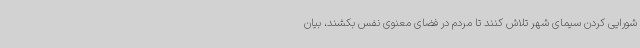
شورایی کردن سیمای شهر تلاش کنند تا مردم در فضای معنوی نفس بکشند، بیان